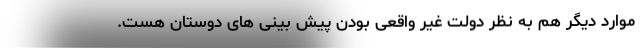
موارد دیگر هم به نظر دولت غیر واقعی بودن پیش بینی های دوستان هست.